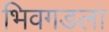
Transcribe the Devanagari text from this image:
भिवगडला